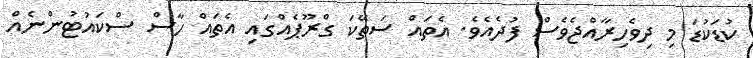
ކުޑަކުޑަ މި ދިވެހިރާއްޖެވެސް ފުދެއެވެ. އެތައް ސަތޭކަ ގްރޫޕެއްގައި އެތައް ހާސް ސްކައުޓުންނެއް